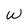
Character: W